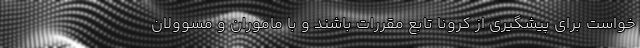
خواست برای پیشگیری از کرونا تابع مقررات باشند و با ماموران و مسوولان